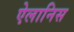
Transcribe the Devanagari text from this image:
ऐलानिस